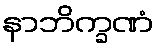
နာဘိက္ခဏံ